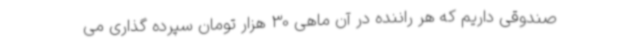
صندوقی داریم که هر راننده در آن ماهی 30 هزار تومان سپرده گذاری می